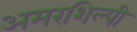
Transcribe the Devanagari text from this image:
अमरशिल्पी